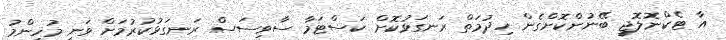
އާ ޓެކްނޮލޮޖީ ބޭނުންކޮށްގެން ހިދުމަތް ރަނގަޅުކޮށް ކަސްޓަމާ ސާވިސަސް ރަނގަޅުކުރުމަށް ވަނީ މުހިންމު